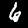
Digit: 6